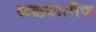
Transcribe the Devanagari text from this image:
कळवातीण